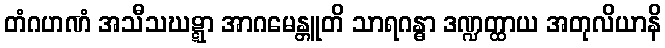
တံဂဟဏံ အသီသဃဋ္ဋာ အာဂမေန္တူတိ သာရဂန္ဓာ ဒဏ္ဍတ္ထာယ အတုလိယာနိ